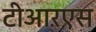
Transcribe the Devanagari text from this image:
टीआऱएस